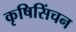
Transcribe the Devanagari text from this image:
कृषिसिंचन